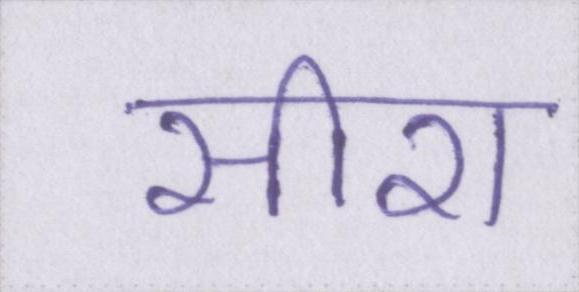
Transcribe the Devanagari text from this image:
सीरा